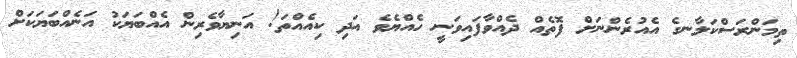
ތިމަންރަސްކަލާނގެ އެއުރެންނަށް ފޮތެއް ދެއްވާފައިވަނީ ހެއްޔެވެ އަދި ކިއެއްތަ! އަނިޔާވެރިން އެއްބަޔަކު އަނެއްބަޔަކަށް